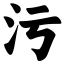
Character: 污